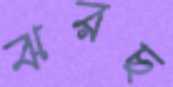
ঝরছ